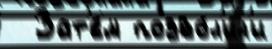
  Зат'е́м позво́л'ил'и